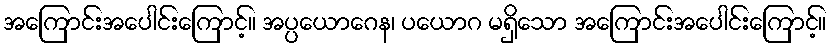
အကြောင်းအပေါင်းကြောင့်။ အပ္ပယောဂေန၊ ပယောဂ မရှိသော အကြောင်းအပေါင်းကြောင့်။